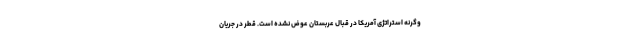
وگرنه استراتژی آمریکا در قبال عربستان عوض نشده است. قطر در جریان